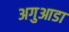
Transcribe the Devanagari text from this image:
अगुआडा